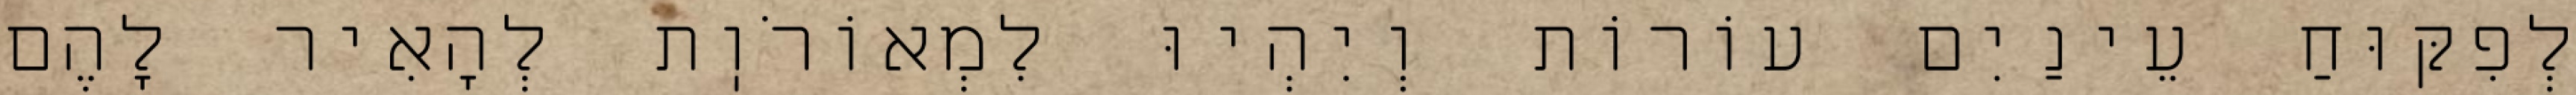
לְפִקּוּחַ עֵינַיִם עוֹרוֹת וְיִהְיוּ לִמְאוֹרֹוֽת לְהָאִיר לָהֶם